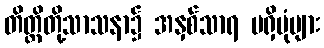
တိတ္ထိတို့သာသနာ၌ အနှစ်သာရ မရှိပုံများ